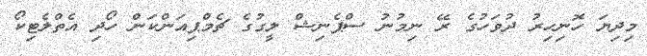
މިދިޔަ ހޮނިހިރު ދުވަހުގެ ރޭ ނިމުނު ސްޕެނިޝް ލީގުގެ ޗެމްޕިއަންކަން ހޯދި އެތްލެޓިކޯ